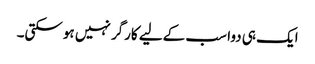
ایک ہی دوا سب کےلیے کارگر نہیں ہوسکتی۔